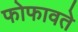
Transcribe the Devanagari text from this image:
फोफावते